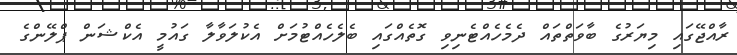
ރާއްޖޭގައި މިޔަރުގެ ބާވަތްތައް ދެމެހެއްޓެނިވި ގޮތެއްގައި ބެލެހެއްޓުމަށް އެކުލަވާލާ ގައުމީ އެކްޝަން ޕްލޭންގެ